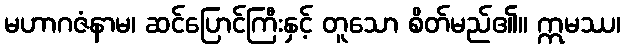
မဟာဂဇံနာမ၊ ဆင်ပြောင်ကြီးနှင့် တူသော စိတ်မည်၏။ ဣမဿ၊